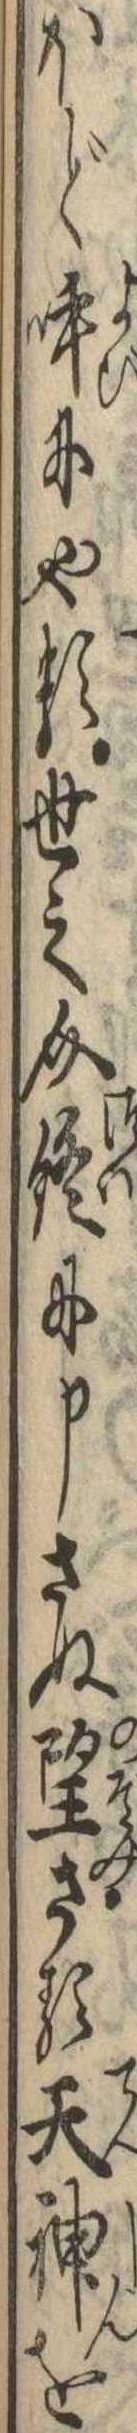
ほど呼にやる世之介終に申さぬ望さる天神を